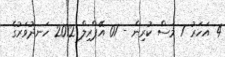
4 އަހަރު 7 މަސް ކުރިން - 01 އޭޕްރިލް 2012 ހަނދުވަރުގެ